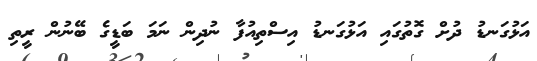
އަޅުގަނޑު ދުށް ގޮތުގައި އަޅުގަނޑު އިސްތިއުފާ ނުދިން ނަމަ ބަޑީގެ ބޭނުން ރީތި